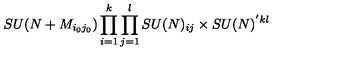
S U ( N + M _ { i _ { 0 } j _ { 0 } } ) \prod _ { i = 1 } ^ { k } \prod _ { j = 1 } ^ { l } S U ( N ) _ { i j } \times S U ( N ) ^ { ' k l }